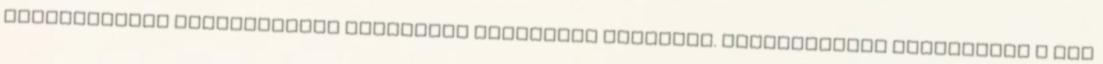
mobiltelefon használatára vonatkozó korlátozó előírást. tartozékokat használjon A nem